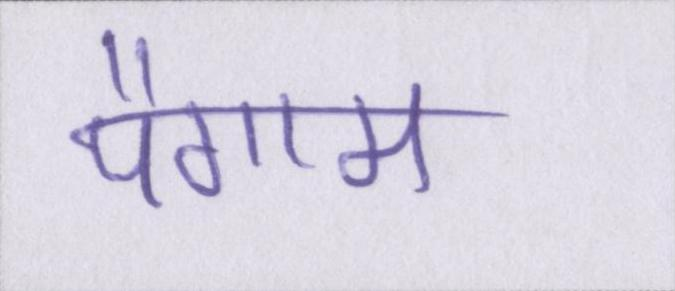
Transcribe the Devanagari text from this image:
पैगाम